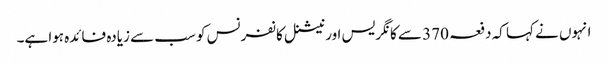
انہوں نے کہا کہ دفعہ 370 سے کانگریس اور نیشنل کانفرنس کو سب سے زیادہ فائدہ ہوا ہے۔